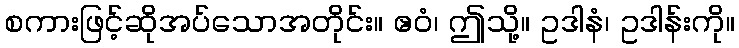
စကားဖြင့်ဆိုအပ်သောအတိုင်း။ ဧဝံ၊ ဤသို့။ ဥဒါနံ၊ ဥဒါန်းကို။